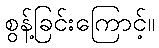
စွန့်ခြင်းကြောင့်။